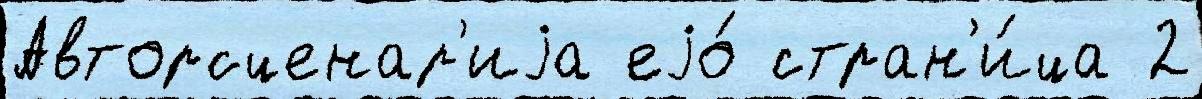
Авторсценар'иjа еjо́ стран'и́ца 2